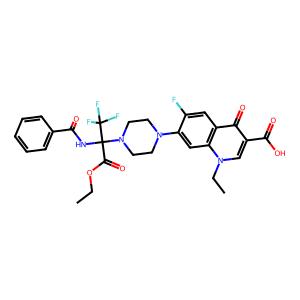
SMILES: CCOC(=O)C(NC(=O)c1ccccc1)(N1CCN(c2cc3c(cc2F)c(=O)c(C(=O)O)cn3CC)CC1)C(F)(F)F
Inhibits HIV replication: No